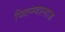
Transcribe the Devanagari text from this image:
फिल्म्वालाज